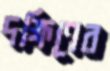
দক্ষিণের